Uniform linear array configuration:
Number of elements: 12
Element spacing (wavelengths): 0.5
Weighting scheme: binomial
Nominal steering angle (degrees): -60
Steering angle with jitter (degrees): -58.338
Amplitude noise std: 0.05
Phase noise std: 0.05

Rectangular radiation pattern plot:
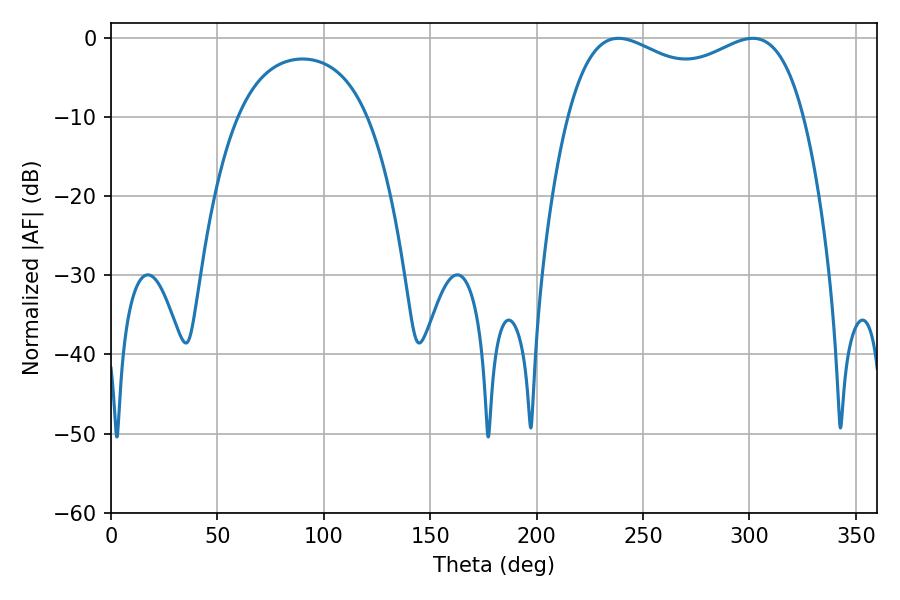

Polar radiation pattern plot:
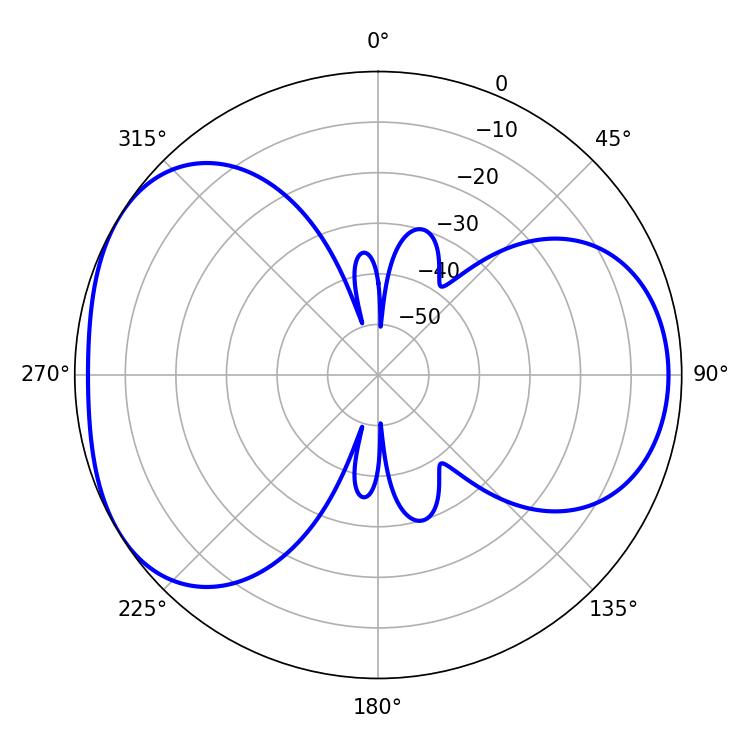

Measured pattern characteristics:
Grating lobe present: FALSE
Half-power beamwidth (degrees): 91.8
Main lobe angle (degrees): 238.5